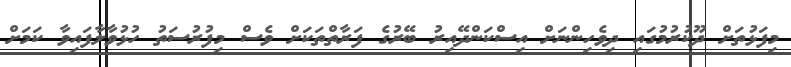
މިފަޅުތަށް ދޫކުރުމުގައި ދިވެހިންނަށް އިސްކަންދޭއިރު ބޭރުގެ ފަރާތްތަކަށް ވެސް މިފުރުސަތު ހުޅުވާލާފައިވާ ކަމަށް